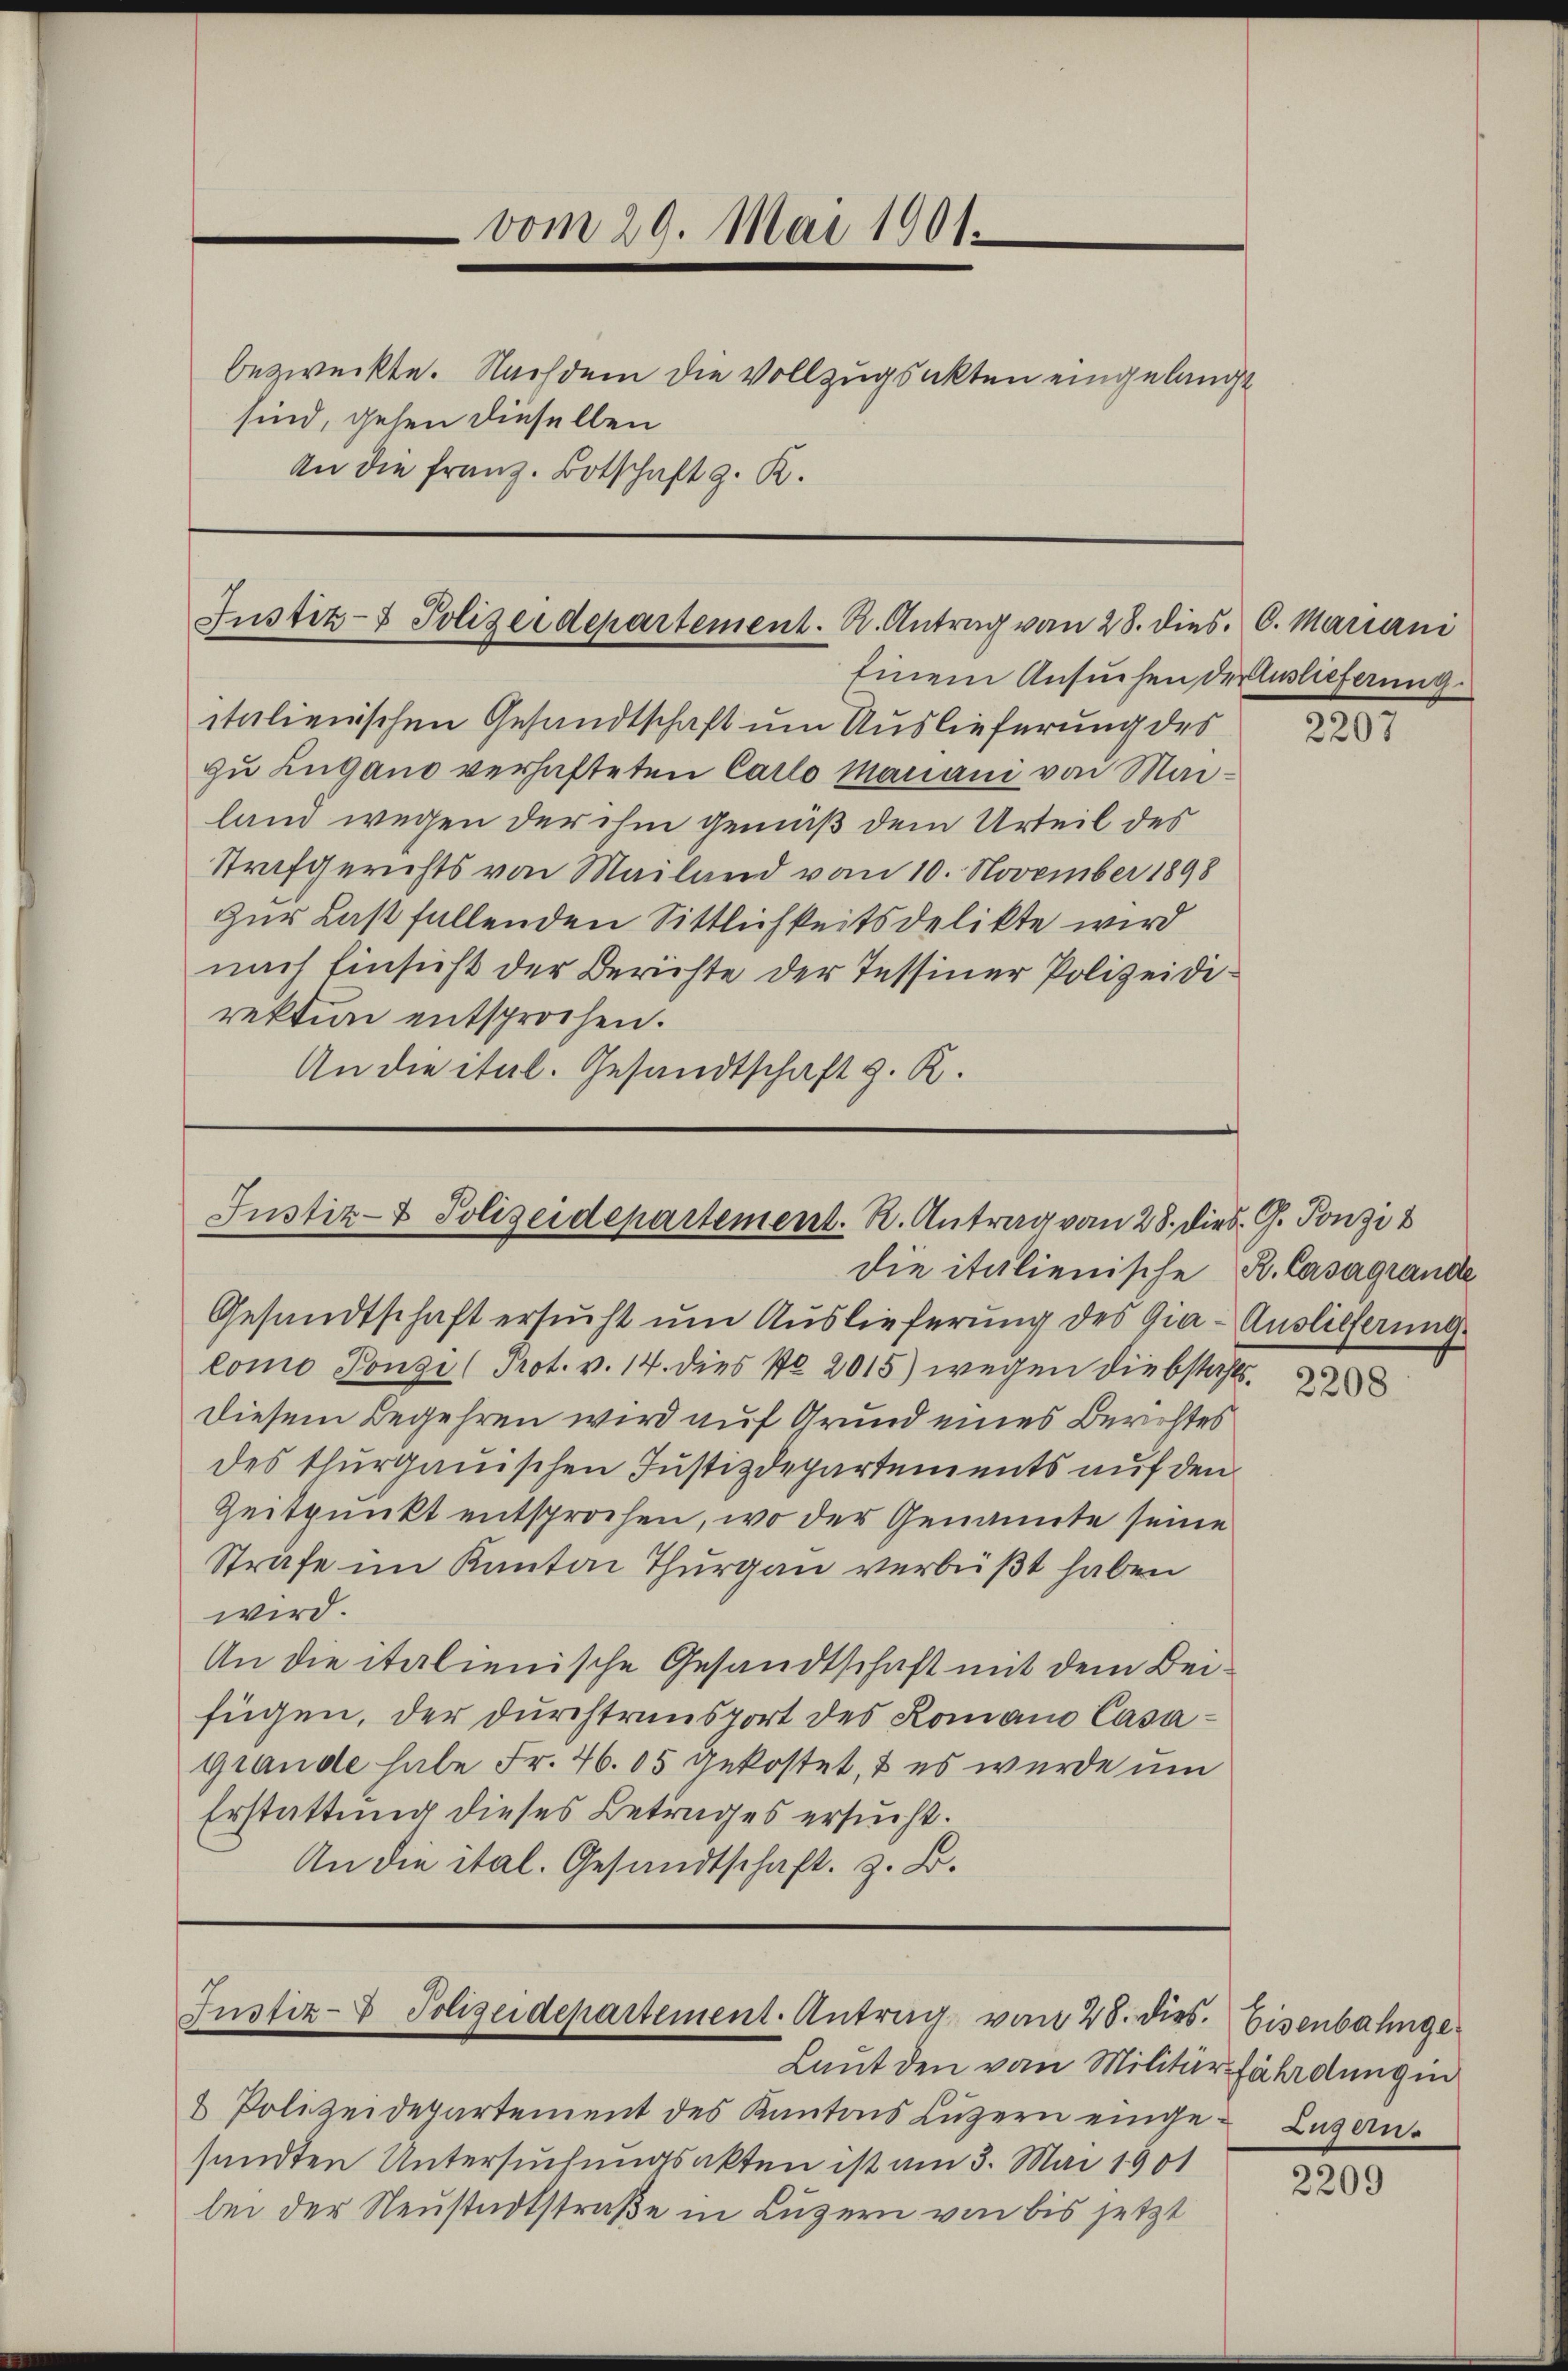
vom 29. Mai 1901
bezweckte. Nachdem die Vollzugsakten eingelangt
sind, gehen dieselben
An die Franz. Botschaft z. K.

Justiz- & Polizeidepartement. K. Antrag vom 28. dies. C. Mariani
Einem Ansuchen der Auslieferung.

italienischen Gesandtschaft um Auslieferung des
zu Lugano verhafteten Carlo Mariani von Mailand wegen der ihm gemäß dem Urteil des
Strafgerichts von Mailand vom 10. November 1898
zur Last fallenden Sittlichkeitsdelikte wird
nach Einsicht der Berichte der Tessiner Polizeidirektion entsprochen.
An die ital. Gesandtschaft z. R.

Justiz- & Polizeidepartement. K. Antrag von 28. dies. G. Ponzi
die italienische

Gesandtschaft ersucht um Auslieferung des Gia-Auslieferung
lomo Pongi (Prot. v. 14. dies No 2015) wegen Diebstahls¬
Diesem Begehren wird auf Grund eines Berichtes
des thurgauischen Justizdepartements auf den
Zeitpunkt entsprochen, wo der Genannte seine
Strafe im Kanton Thurgau verbüßt haben
wird.
An die italienische Gesandtschaft mit dem Beifügen, der durchtransport des Romano Casa¬
Grande habe Fr. 46. 05 gekostet, & es wurde um
Erstattung dieses Betrages ersucht.
An die ital. Gesandtschaft, z. B.

Justiz- & Polizeidepartement. Antrag vom 28. dies.

Laut den von Militärfährdung in
2 Polizeidepartement des Kantons Luzern einge-Lagen.
sandten Untersuchungsakten ist am 3. Mai 1901
bei der Neustadtstraße in Luzern von bis jetzt

2207

R. Casagrande

2208

Eisenbahnge¬

2209